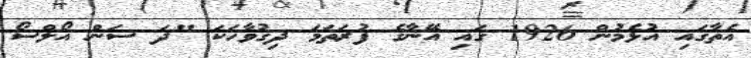
އެތާގައި އުޅެމުން 1926 ގައި އޭނާގެ ފުރަތަމަ ދިގުވާހަކަ "ދަ ސަން އޯލްސޯ